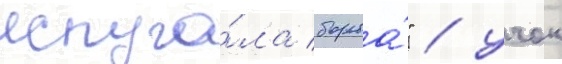
испуга́ла борьба́" / учок